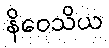
နိဝေသိယ